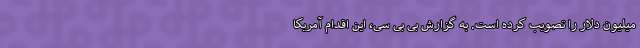
میلیون دلار را تصویب کرده است. به گزارش بی بی سی، این اقدام آمریکا